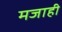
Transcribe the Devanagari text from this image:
मजाही